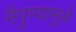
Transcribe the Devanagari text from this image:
नैपुण्यामुळे